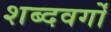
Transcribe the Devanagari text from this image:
शब्दवर्गों